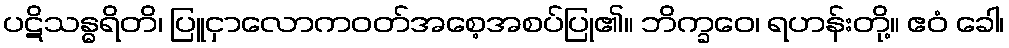
ပဋိသန္ဓရိတိ၊ ပြူငှာလောကဝတ်အစေ့အစပ်ပြု၏။ ဘိက္ခဝေ၊ ရဟန်းတို့။ ဧဝံ ခေါ၊